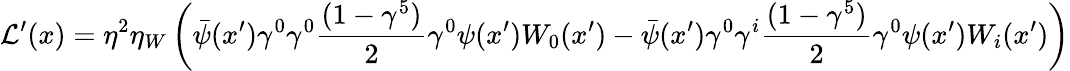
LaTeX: \mathcal{L}^{\prime}(x)=\eta^{2}\eta_{W}\left(\bar{\psi}(x^{\prime})\gamma^{0}\gamma^{0}\frac{(1-\gamma^{5})}{2}\gamma^{0}\psi(x^{\prime})W_{0}(x^{\prime})-\bar{\psi}(x^{\prime})\gamma^{0}\gamma^{i}\frac{(1-\gamma^{5})}{2}\gamma^{0}\psi(x^{\prime})W_{i}(x^{\prime})\right)